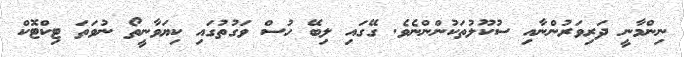
ނިންމާނީ ދަރިވަރުންނާއި ސުކޫލުތަކުންންނެވެ. ގޭގައި ލިބޭ ހުސް ވަގުތުގައި ކިޔަވާނީތޯ ނުވަތަ ޓިކްޓޮކް